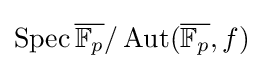
\operatorname {Spec} {\overline {\mathbb {F} _{p}}}/\operatorname {Aut} ({\overline {\mathbb {F} _{p}}},f)